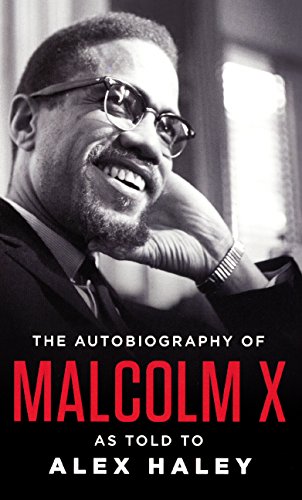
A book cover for The Autobiography Of Malcolm X (Turtleback School & Library Binding Edition); Malcolm X; Teen & Young Adult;